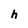
Character: h